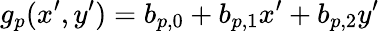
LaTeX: g_{p}(x^{\prime},y^{\prime})=b_{p,0}+b_{p,1}x^{\prime}+b_{p,2}y^{\prime}